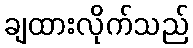
ချထားလိုက်သည်